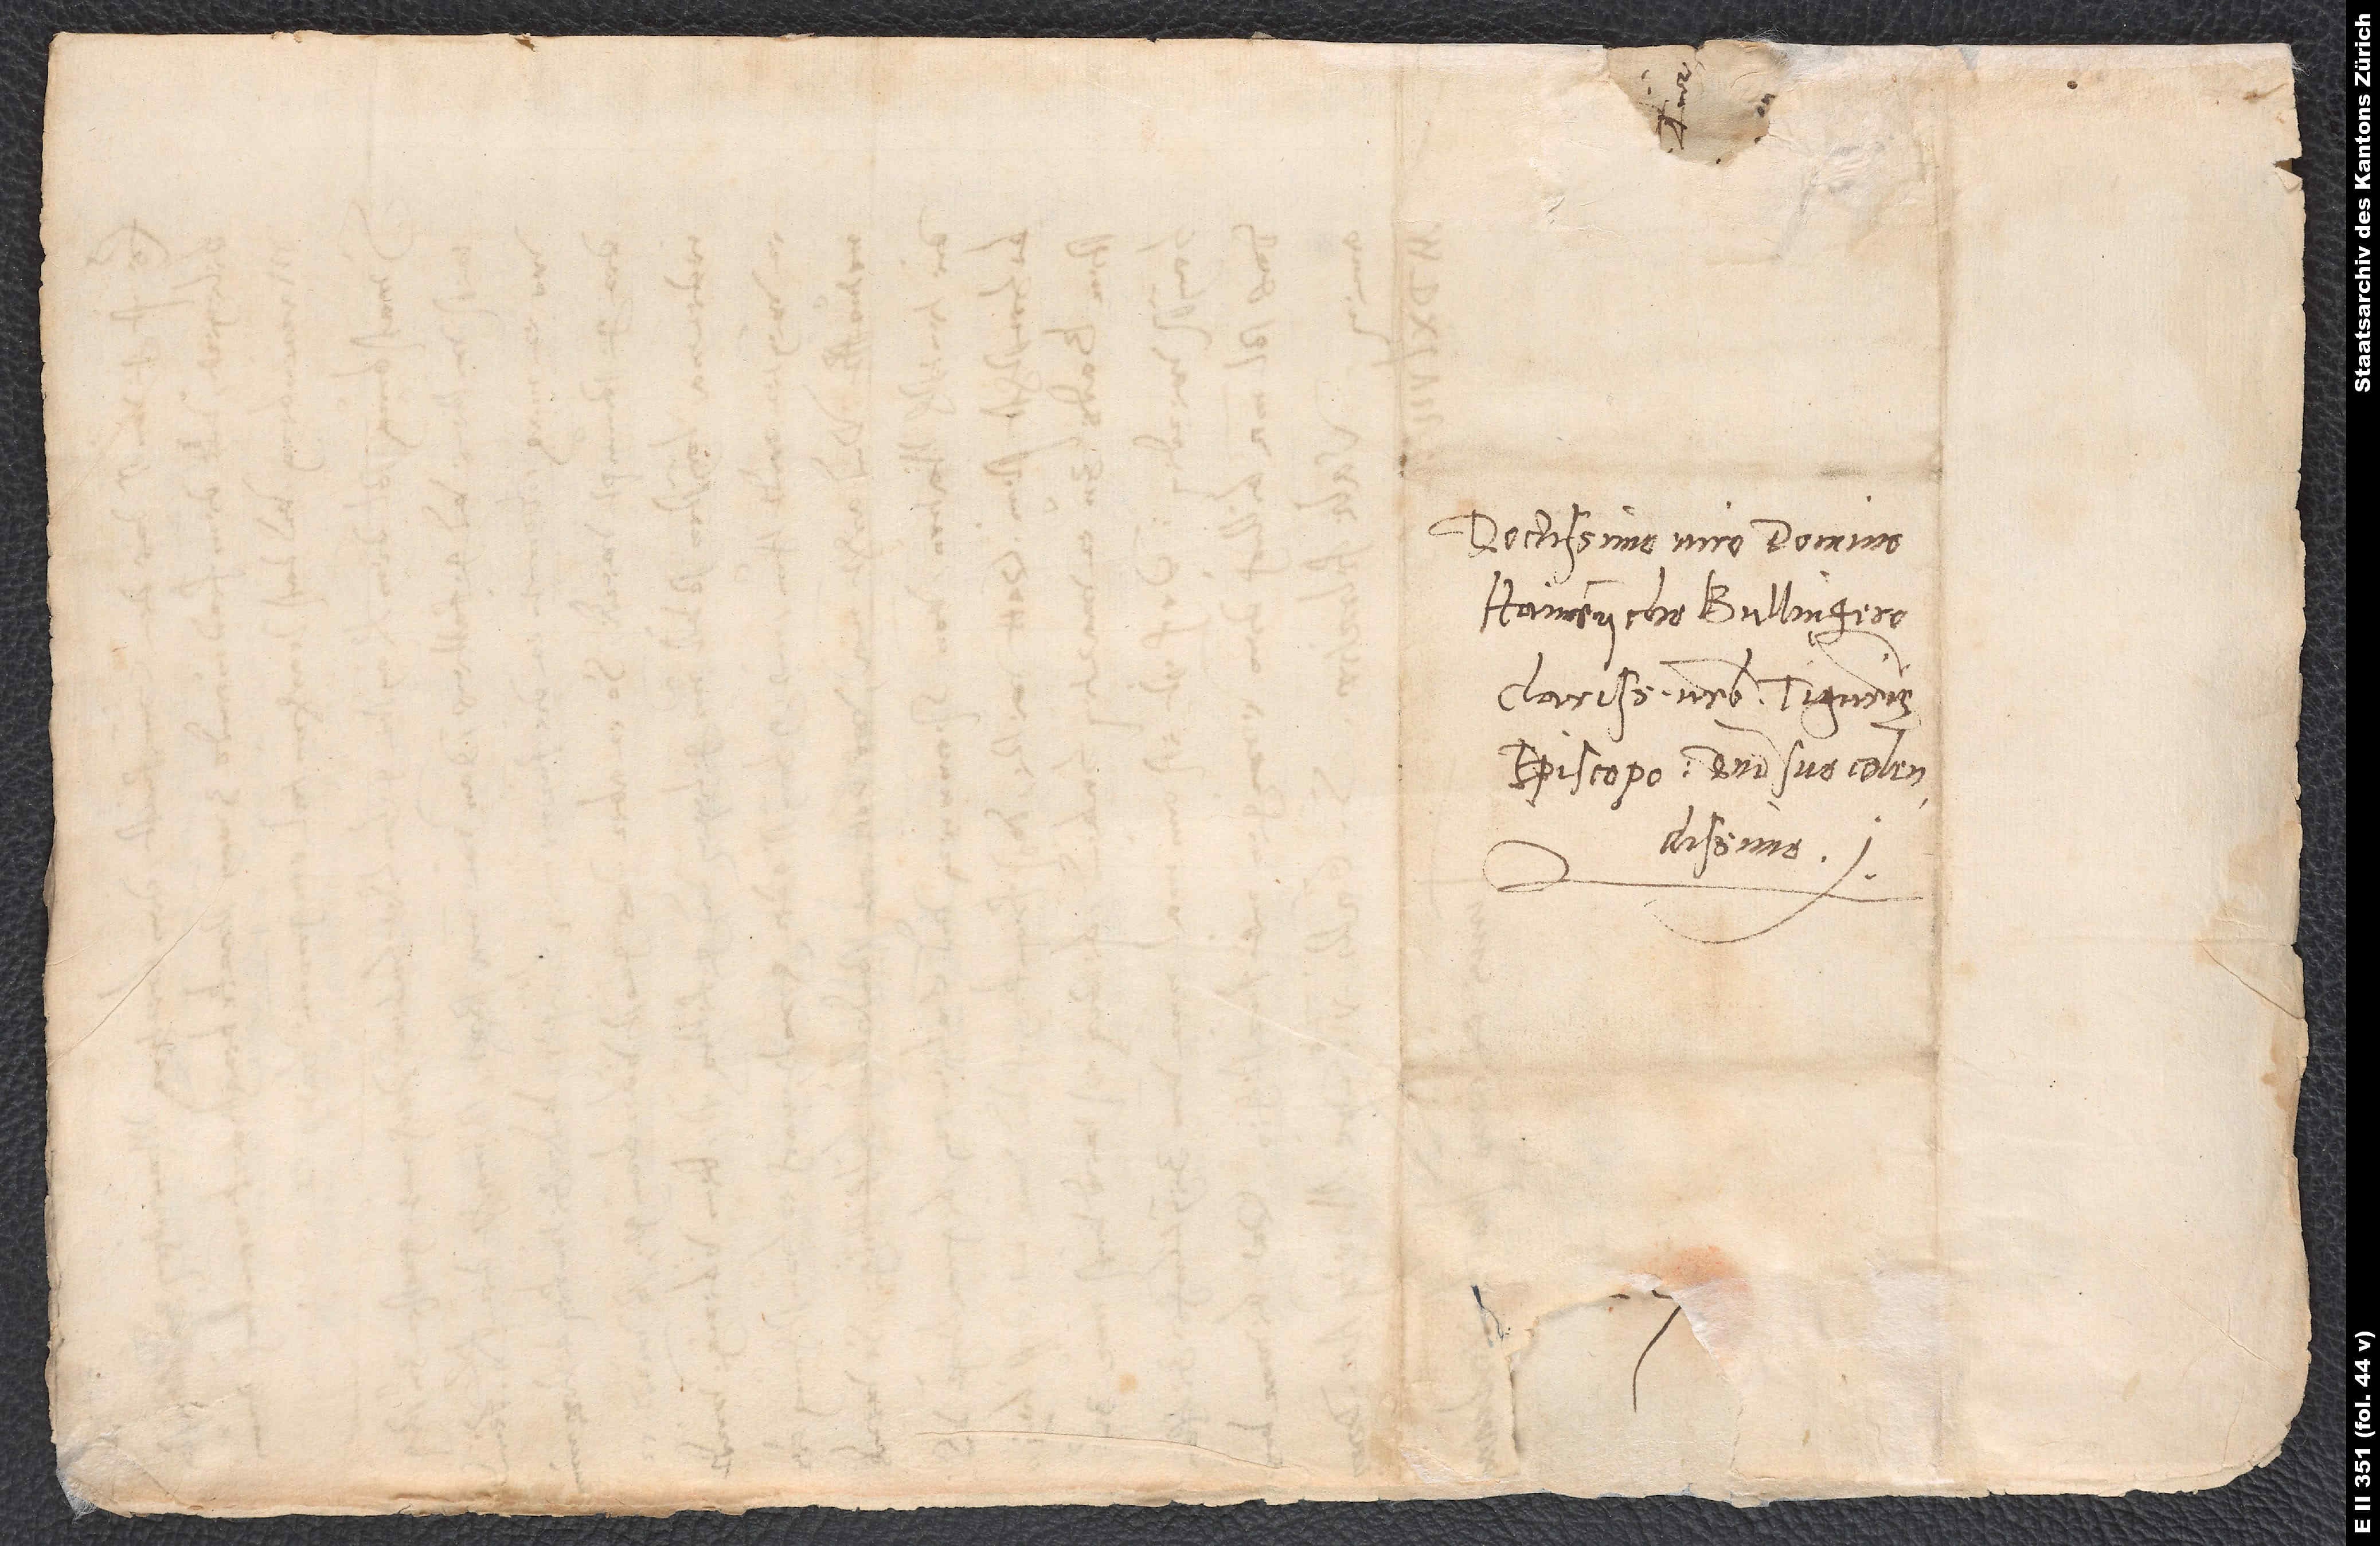
Doctissimo viro domino
Hainrycho Bullingero,
clarisimae urbis Tigurinę
episcopo, domino suo colendissimo.